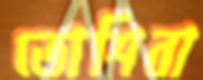
তোশিবা